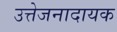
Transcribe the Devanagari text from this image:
उत्तेजनादायक